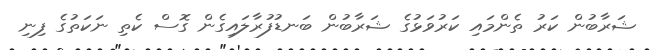
ޝަރާބުން ކަރު ތެންމައި ކަރުވަޅުގެ ޝަރާބުން ބަނޑުފުރާލައިގެން ގޮސް ކެތި ނަކަތުގެ ފިނި